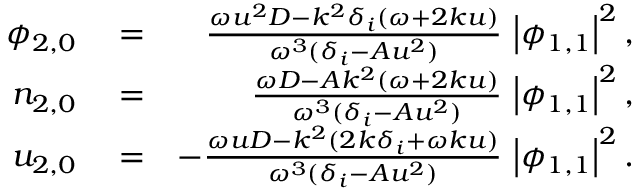
\begin{array} { r l r } { \phi _ { 2 , 0 } } & { { } = } & { \frac { \omega u ^ { 2 } D - k ^ { 2 } \delta _ { i } ( \omega + 2 k u ) } { \omega ^ { 3 } ( \delta _ { i } - A u ^ { 2 } ) } \, \left| \phi _ { 1 , 1 } \right| ^ { 2 } , } \\ { n _ { 2 , 0 } } & { { } = } & { \frac { \omega D - A k ^ { 2 } ( \omega + 2 k u ) } { \omega ^ { 3 } ( \delta _ { i } - A u ^ { 2 } ) } \, \left| \phi _ { 1 , 1 } \right| ^ { 2 } , } \\ { u _ { 2 , 0 } } & { { } = } & { - \frac { \omega u D - k ^ { 2 } ( 2 k \delta _ { i } + \omega k u ) } { \omega ^ { 3 } ( \delta _ { i } - A u ^ { 2 } ) } \, \left| \phi _ { 1 , 1 } \right| ^ { 2 } . } \end{array}